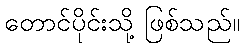
တောင်ပိုင်းသို့ ဖြစ်သည်။